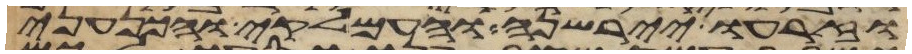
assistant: וזרעו יירשנה והעמלקי והכנעני